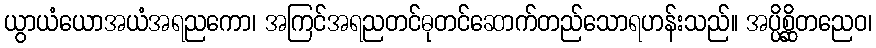
ယွာယံယောအယံအရညကော၊ အကြင်အရညတင်ဓုတင်ဆောက်တည်သောရဟန်းသည်။ အပ္ပိစ္ဆိတညေဝ၊